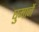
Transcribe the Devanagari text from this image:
घुमानें